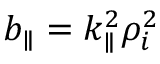
b _ { \parallel } = k _ { \parallel } ^ { 2 } \rho _ { i } ^ { 2 }